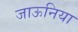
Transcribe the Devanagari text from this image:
जाऊनिया